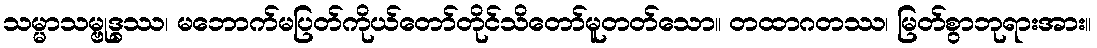
သမ္မာသမ္ဗုဒ္ဓဿ၊ မဘောက်မပြတ်ကိုယ်တော်တိုင်သိတော်မူတတ်သော။ တထာဂတဿ၊ မြတ်စွာဘုရားအား။